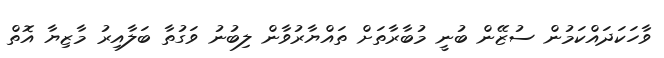
ވާހަކަދައްކަމުން ސުޒޭން ބުނީ މުބާރާތަށް ތައްޔާރުވާން ލިބުނު ވަގުތާ ބަލާއިރު މާޒިޔާ އޮތް